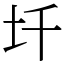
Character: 圲